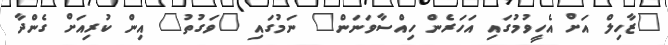
"ޒާހިލް އަށް އެހީވުމުގައި އަހަރެން ހިއްސާވަނަން" ނަމުގައި "ވަގުތު" އިން ކުރިއަށް ގެންދާ